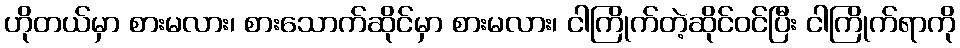
ဟိုတယ်မှာ စားမလား၊ စားသောက်ဆိုင်မှာ စားမလား၊ ငါကြိုက်တဲ့ဆိုင်ဝင်ပြီး ငါကြိုက်ရာကို